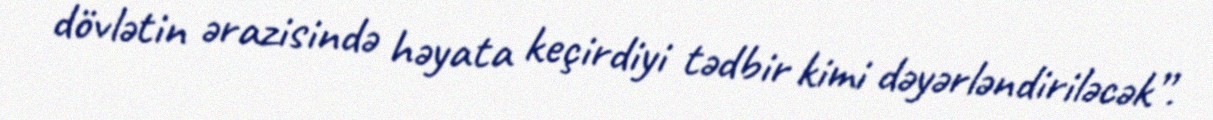
dövlətin ərazisində həyata keçirdiyi tədbir kimi dəyərləndiriləcək”.